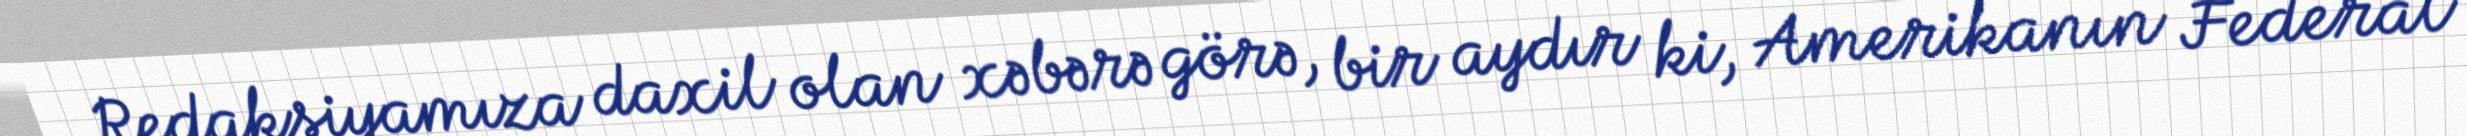
Redaksiyamıza daxil olan xəbərə görə, bir aydır ki, Amerikanın Federal